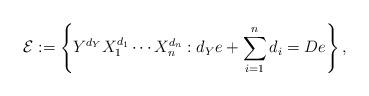
LaTeX: \begin{align*}\mathcal{E}:=\left\{Y^{d_{Y}}X_{1}^{d_{1}}\cdots X_{n}^{d_{n}}:d_{Y}e+\sum_{i=1}^{n}d_{i}=De\right\},\end{align*}